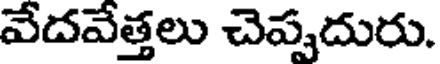
వేదవేత్తలు చెప్పదురు.